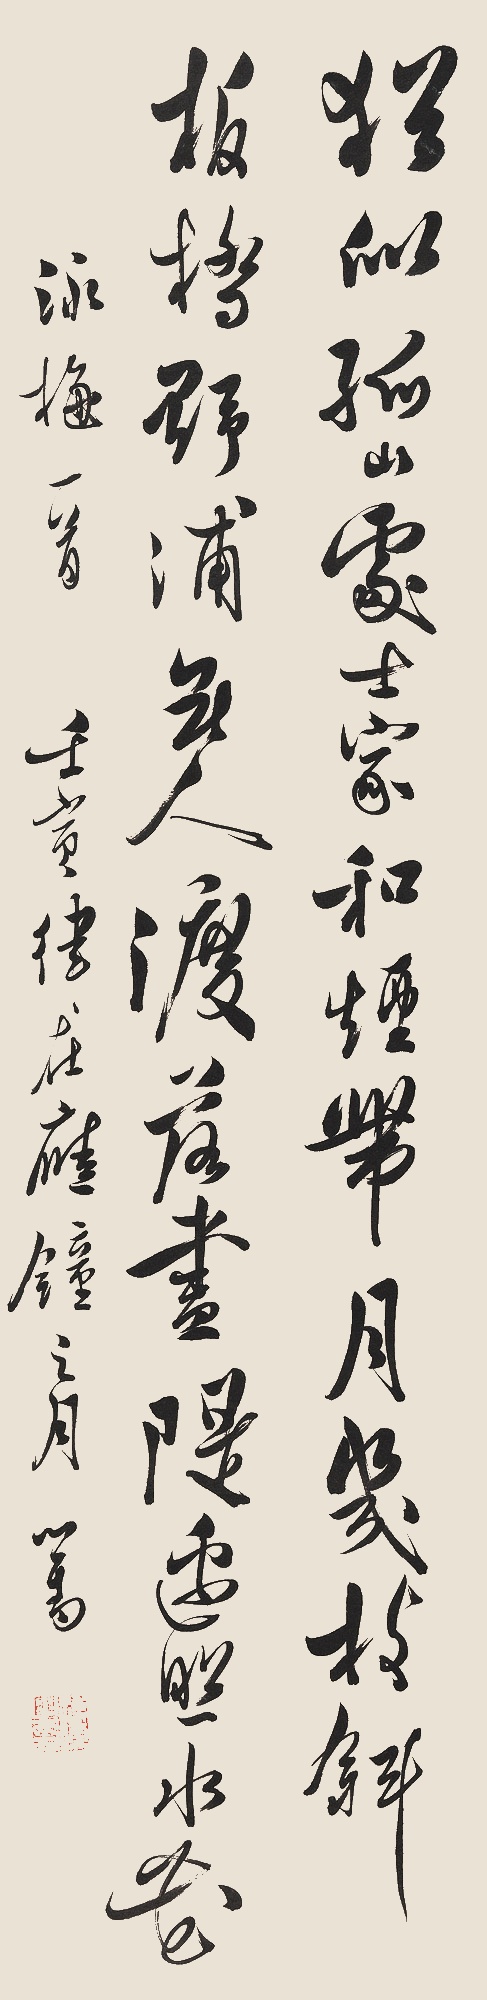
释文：犹似孤山处士家，和烟带月几枝斜。板桥野浦无人渡，落尽溪边照水花。咏梅一首。壬寅律在应钟之月，心畬。